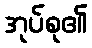
အုပ်စု၏